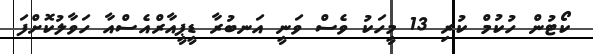
ކޯޓުން ހުކުމް ކުރި 13 މީހަކު ވެސް ވަނީ އަނބުރާ ޑީޕީއާރްއެސްއާ ހަވާލުކޮށްފަ